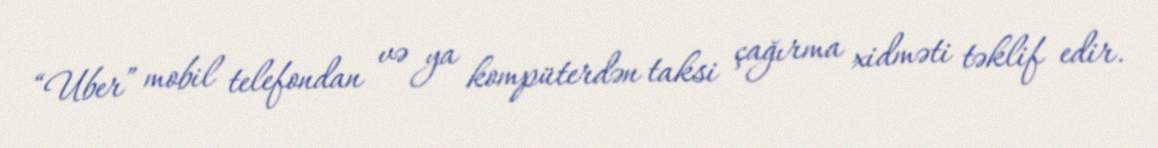
“Uber” mobil telefondan və ya kompüterdən taksi çağırma xidməti təklif edir.